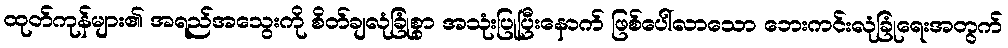
ထုတ်ကုန်များ၏ အရည်အသွေးကို စိတ်ချလုံခြုံစွာ အသုံးပြုပြီးနောက် ဖြစ်ပေါ်လာသော ဘေးကင်းလုံခြုံရေးအတွက်